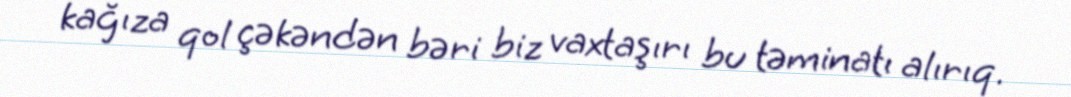
kağıza qol çəkəndən bəri biz vaxtaşırı bu təminatı alırıq.